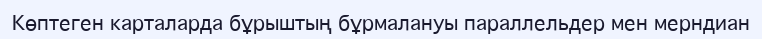
Көптеген карталарда бұрыштың бұрмалануы параллельдер мен мерндиан